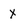
Character: X